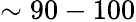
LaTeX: \sim 90-100